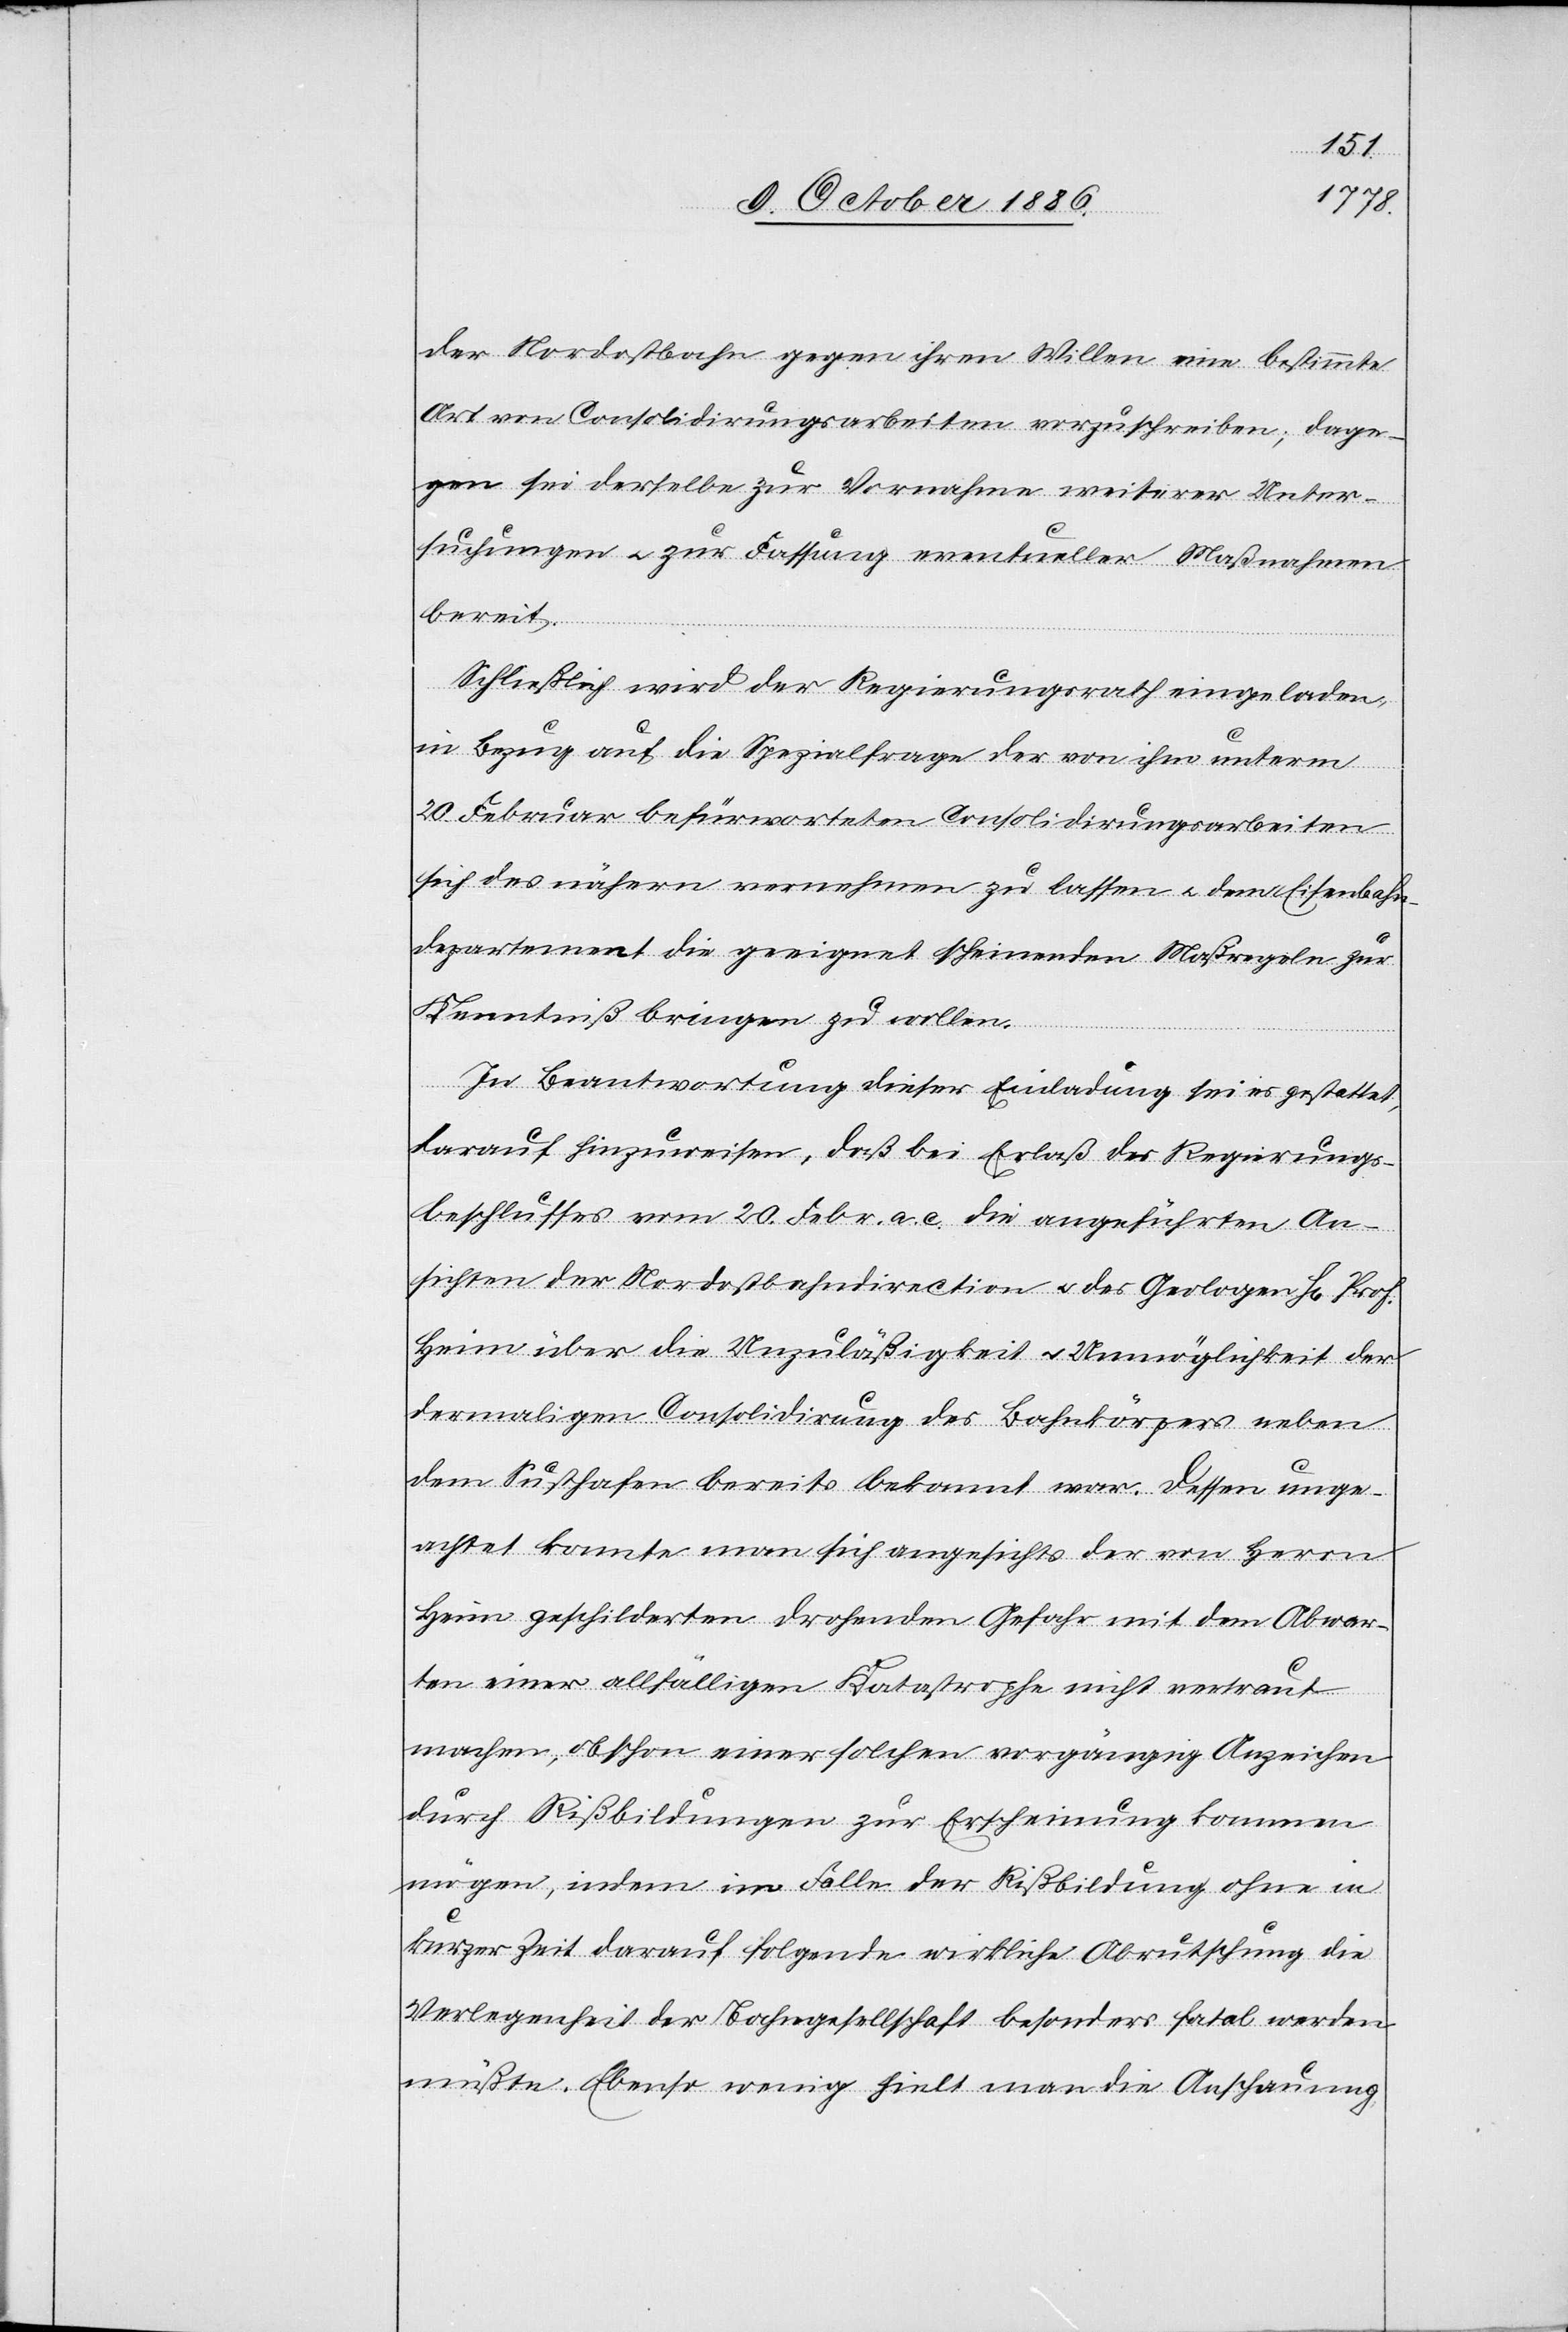
der Nordostbahn gegen ihren Willen eine bestimmte
Art von Consolidirungsarbeiten vorzuschreiben; dage¬
gen sei derselbe zur Vornahme weiterer Unter¬
suchungen & zur Fassung eventueller Maßnahmen
bereit.
Schließlich wird der Regierungsrath eingeladen,
in Bezug auf die Spezialfrage der von ihm unterm
20. Februar befürworteten Consolidirungsarbeiten
sich des nähern vernehmen zu lassen & dem Eisenbahn¬
departement die geeignet scheinenden Maßregeln zur
Kenntniß bringen zu wollen.
In Beantwortung dieser Einladung sei es gestattet,
darauf hinzuweisen, daß bei Erlaß des Regierungs¬
beschlusses vom 20. Febr. a. c. die angeführten An¬
sichten der Nordostbahndirection & des Geologen H[errn] Prof.
Heim über die Unzuläßigkeit & Unmöglichkeit der
dermaligen Consolidirung des Bahnkörpers neben
dem Susthafen bereits bekannt war. Dessen unge¬
achtet konnte man sich angesichts der von Herrn
Heim geschilderten drohenden Gefahr mit dem Abwar¬
ten einer allfälligen Katastrophe nicht vertraut
machen, obschon einer solchen vorgängig Anzeichen
durch Rißbildungen zur Erscheinung kommen
mögen, indem im Falle der Rißbildung ohne in
kurzer Zeit darauf folgende wirkliche Abrutschung die
Verlegenheit der Bahngesellschaft besonders fatal werden
müßte. Ebenso wenig hielt man die Anschauung,